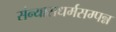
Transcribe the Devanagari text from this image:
संन्यासधर्मसम्पन्न